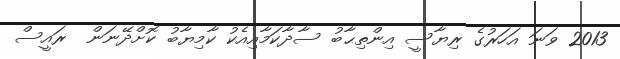
2013 ވަނަ އަހަރުގެ ރިޔާސީ އިންތިޙާބު ސާދާކަމާއިއެކު ކާމިޔާބު ކޮށްދޭނަން  ރައީސް